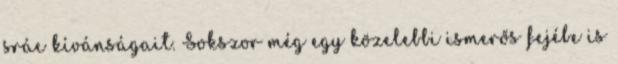
srác kívánságait. Sokszor még egy közelebbi ismerős fejébe is